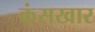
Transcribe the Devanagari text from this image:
कंसखार